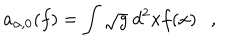
LaTeX: a _ { \alpha , 0 } ( f ) = \int \sqrt { g } ~ d ^ { 2 } x f ( x ) ,